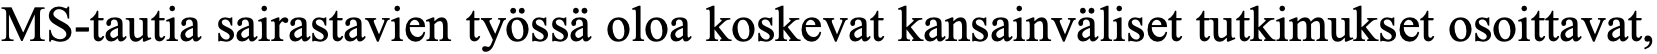
MS-tautia sairastavien työssä oloa koskevat kansainväliset tutkimukset osoittavat,